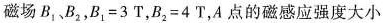
磁场B_{1}、B_{2}，B_{1}=3T，B_{2}=4T，A点的磁感应强度大小